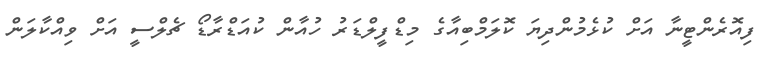
ފިއޮރެންޓީނާ އަށް ކުޅެމުންދިޔަ ކޮލަމްބިއާގެ މިޑްފީލްޑަރު ހުއާން ކުއަޑްރާޑޯ ޗެލްސީ އަށް ވިއްކާލަން